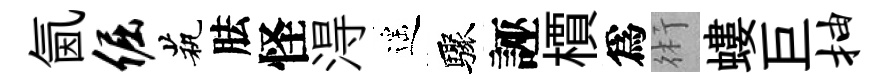
氤倔茕胠怪淂遥驟誣檟爲術螻巨抽